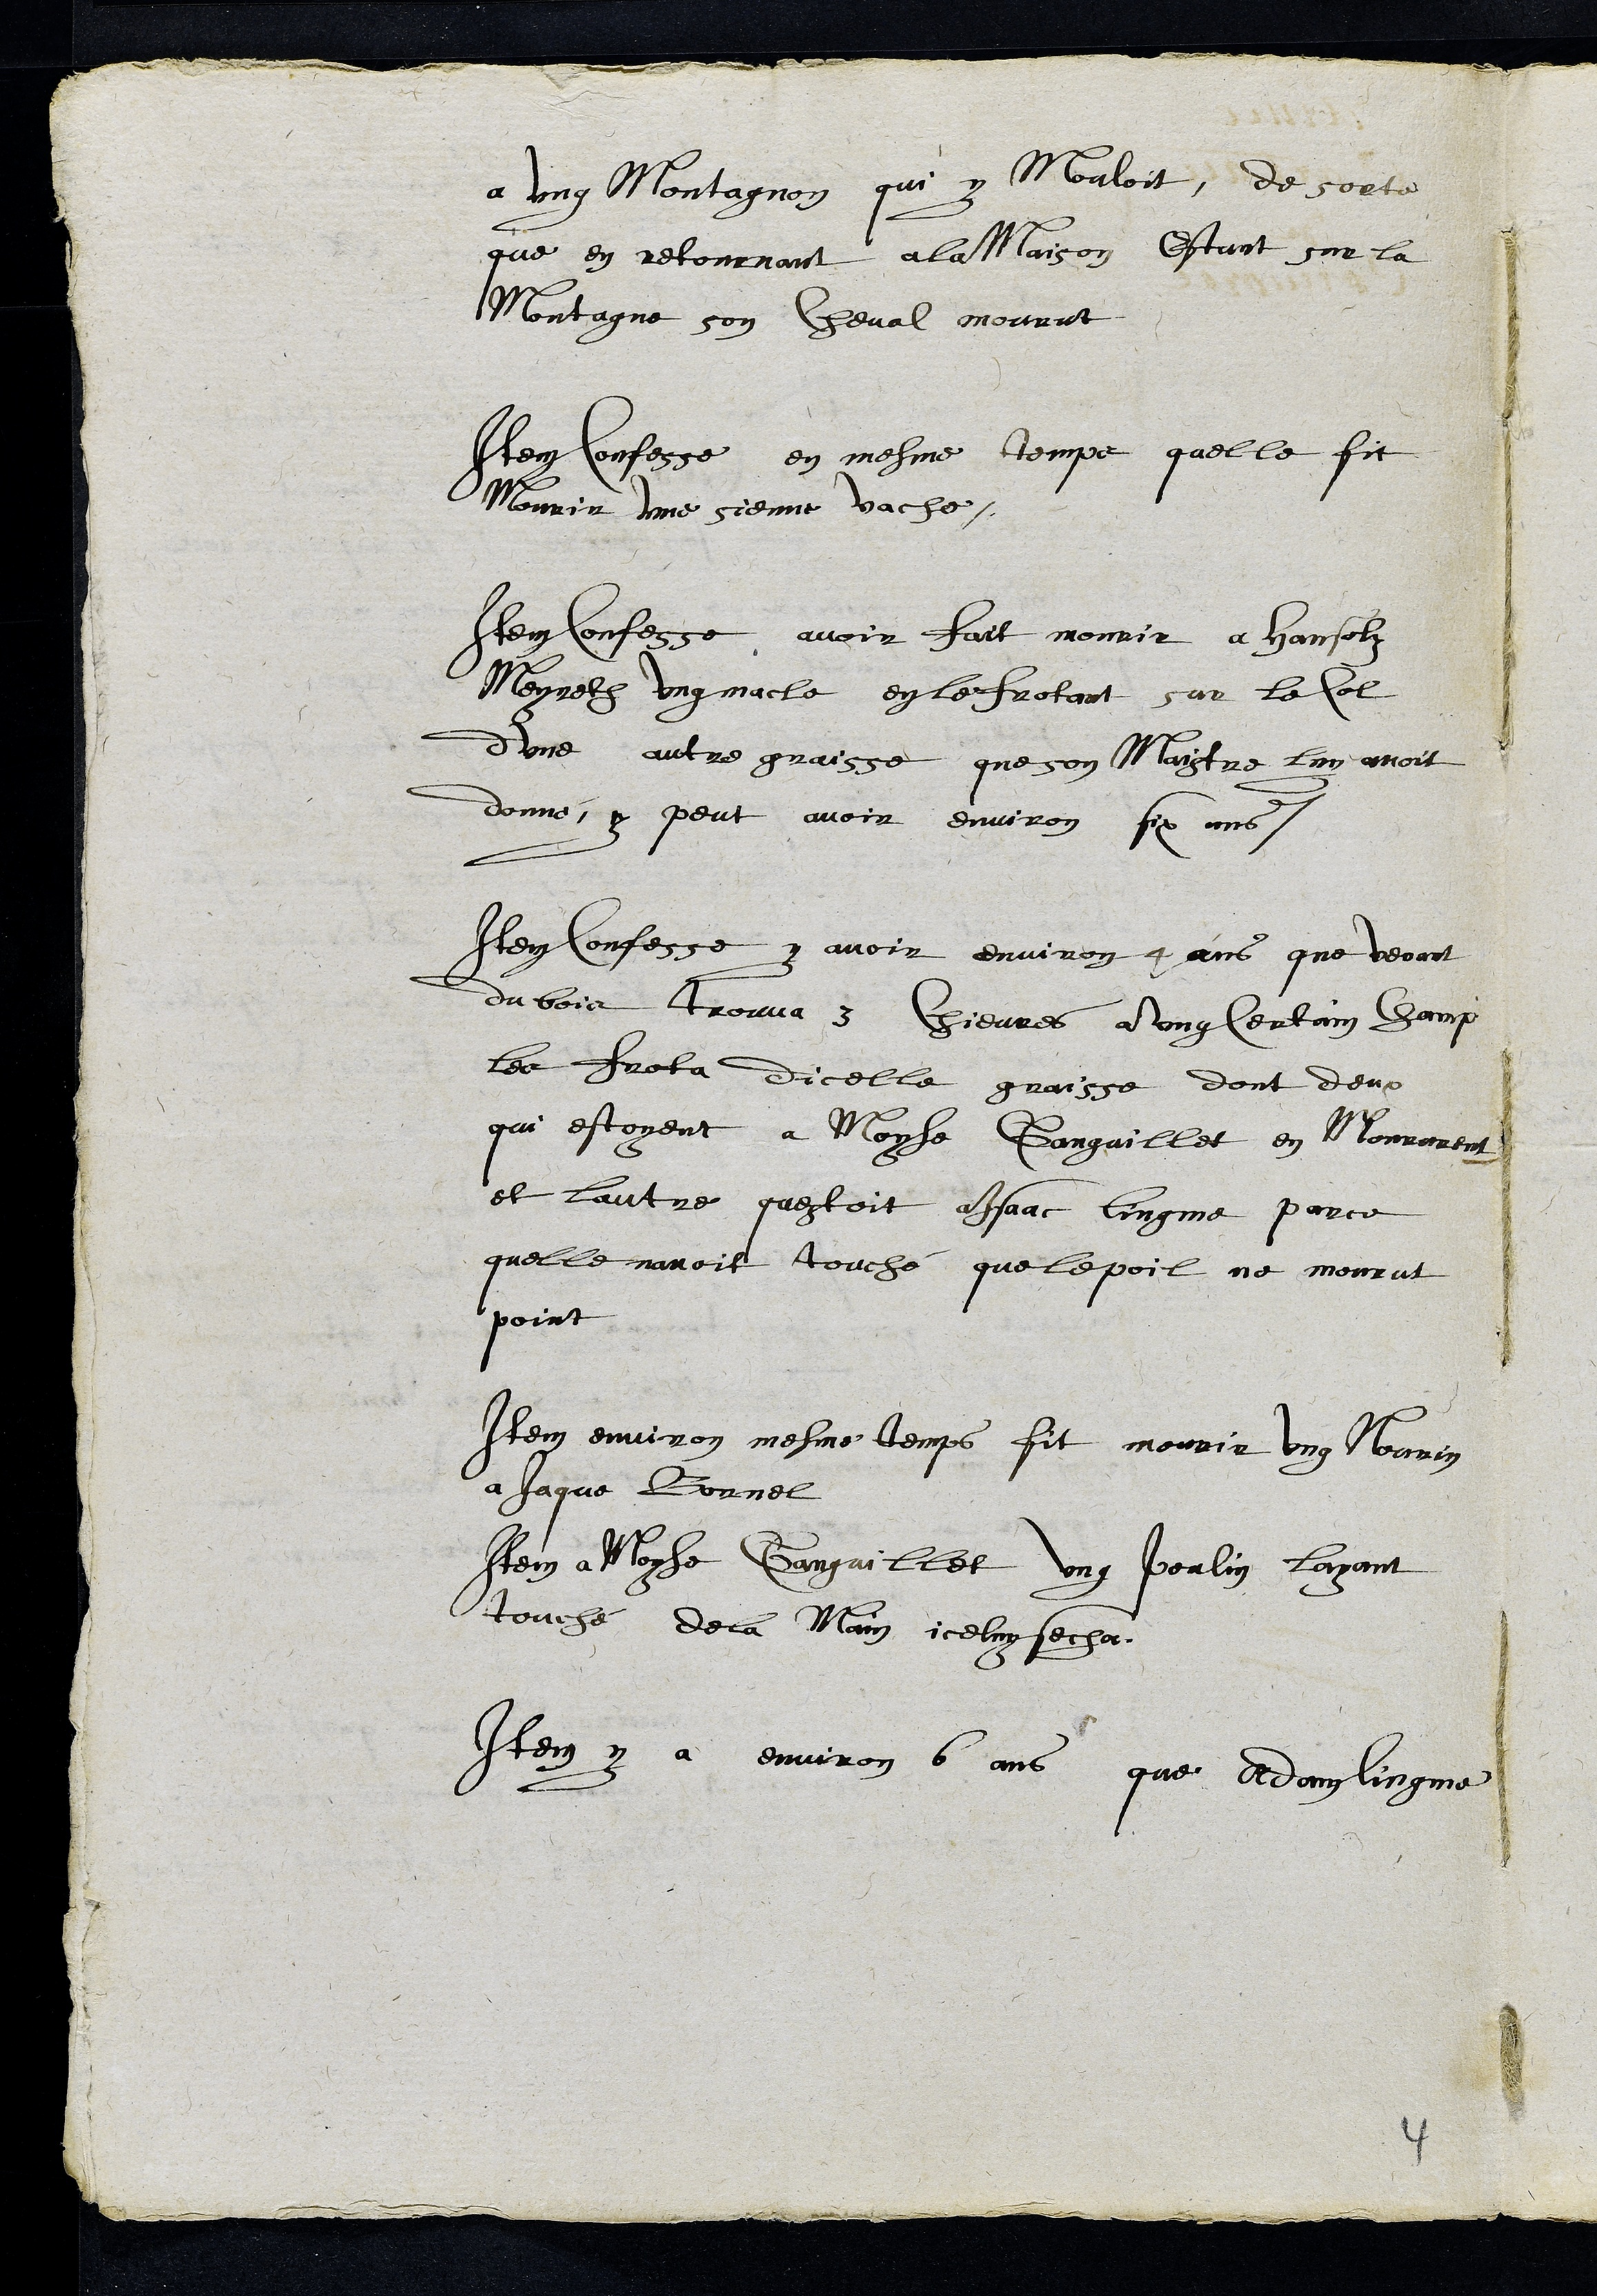
a ung Montagnon qui y Mouloit, de sorte
que en retornant a la maison estant sur la
Montagne son cheval mourut
Item confesse en mesme temps quelle fit
Mourir une sienne vache,
Item confesse avoir fait mourir a Hansolz
Meyreth ung macle en le frotant sur le col
dune autre graisse que son Maistre luy avoit
donné, y peut avoir environ six ans.
Item confesse y avoir environ 4 ans que venant
du bois trouva 3 Chievres a ung certain champ
les frota dicelle graisse dont deux
qui estoyent a Moyse Ganguillet en Morrarent
et lautre questoit a Isaac Lingme parce
quelle navoit touché que le poil ne mourut
point
Item environ mesme temps fit mourir ung Nourrin
a Jaque Bornel
Item a Moyse Ganguillet ung poulin layant
touché de la Main iceluy secha.
Item y a environ 6 ans que Adam lingme
4